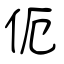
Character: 伌